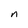
Character: n